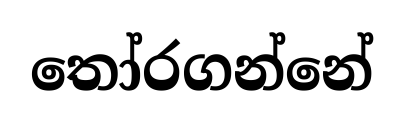
තෝරගන්නේ